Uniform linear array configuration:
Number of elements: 64
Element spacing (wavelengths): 1
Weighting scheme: hann
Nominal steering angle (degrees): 15
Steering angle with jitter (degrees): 13.538
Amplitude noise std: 0.05
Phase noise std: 0.05

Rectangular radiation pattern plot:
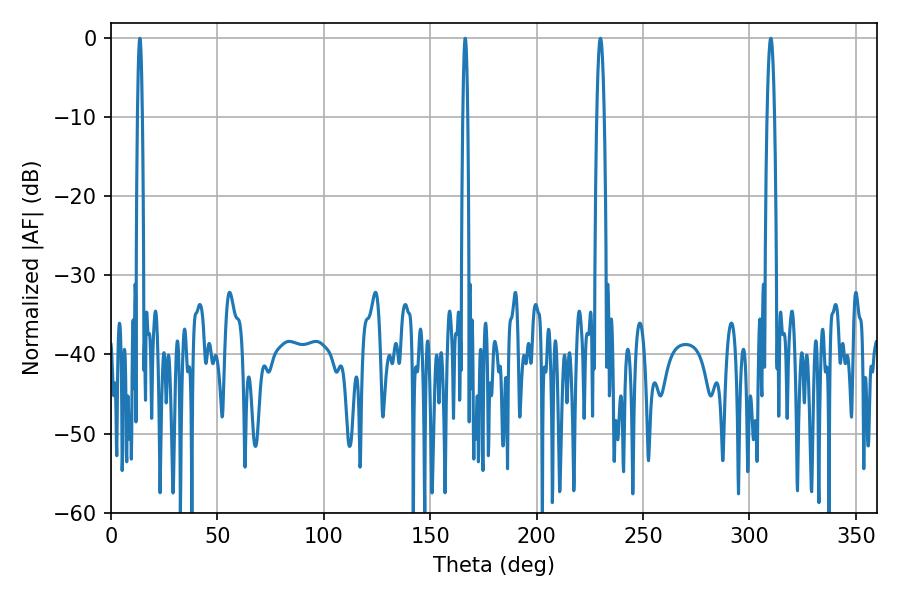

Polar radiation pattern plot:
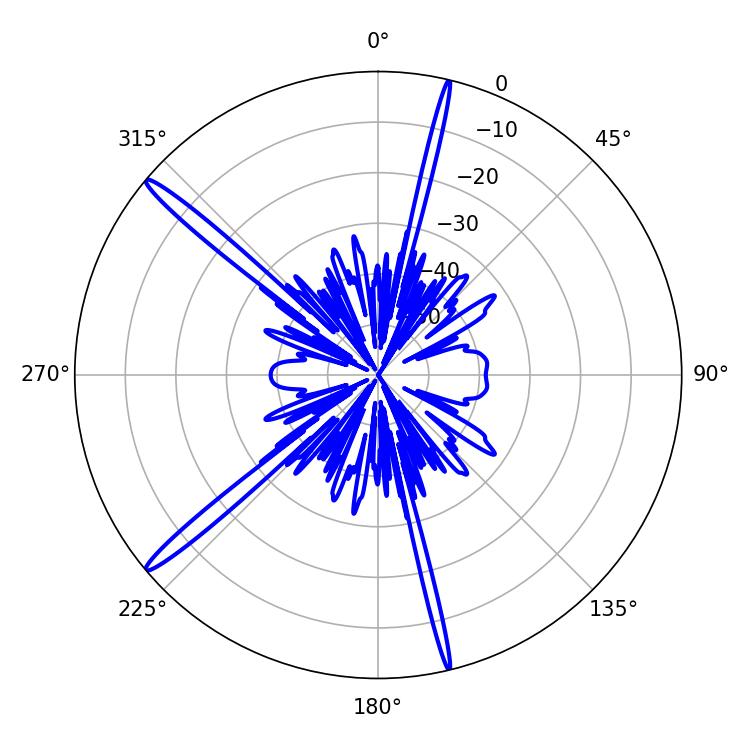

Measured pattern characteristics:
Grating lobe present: TRUE
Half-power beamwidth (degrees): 1.98
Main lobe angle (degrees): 230.04